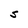
Character: S